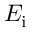
E _ { \mathrm { i } }